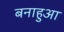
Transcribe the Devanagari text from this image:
बनाहुआ